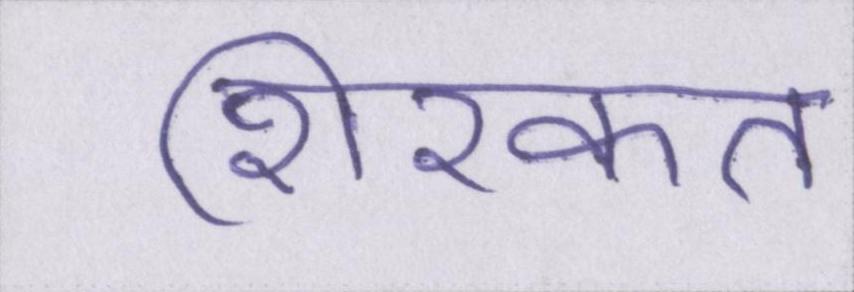
शिरकत